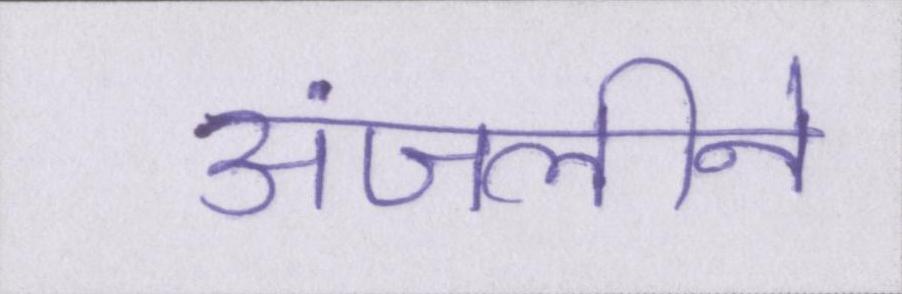
अंजलीने